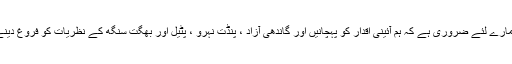
انہوں نے کہا کہ ہمارے لئے ضروری ہے کہ ہم آئینی اقدار کو پہچانیں اور گاندھی آزاد ، پنڈت نہرو ، پٹیل اور بھگت سنگھ کے نظریات کو فروغ دینے کیلئے کام کریں۔